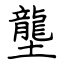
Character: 壟